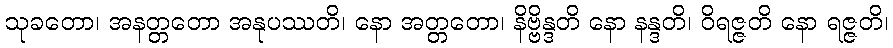
သုခတော၊ အနတ္တတော အနုပဿတိ၊ နော အတ္တတော၊ နိဗ္ဗိန္ဒတိ နော နန္ဒတိ၊ ဝိရဇ္ဇတိ နော ရဇ္ဇတိ၊